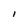
Character: 1